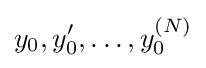
y_{0},y'_{0},\dots ,y_{0}^{(N)}